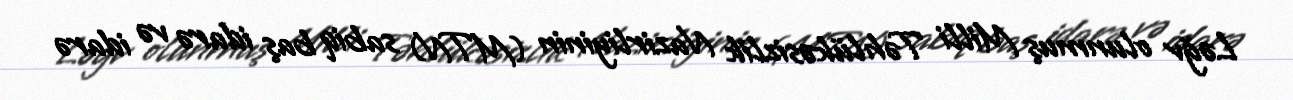
Ləğv olunmuş Milli Təhlükəsizlik Nazirliyinin (MTN) sabiq baş idarə və idarə